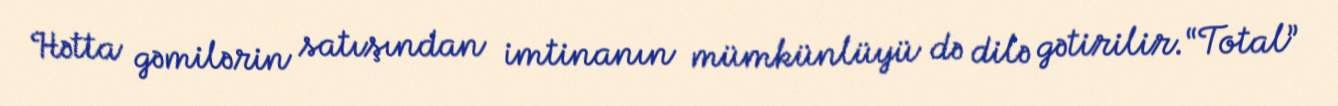
Hətta gəmilərin satışından imtinanın mümkünlüyü də dilə gətirilir.“Total”